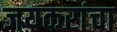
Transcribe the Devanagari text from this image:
जयकरांचा